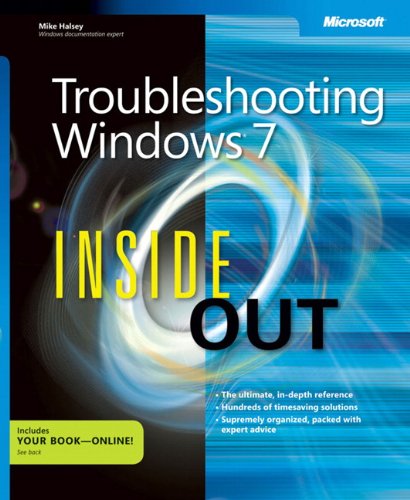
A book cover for Troubleshooting Windows 7 Inside Out; Mike Halsey; Computers & Technology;